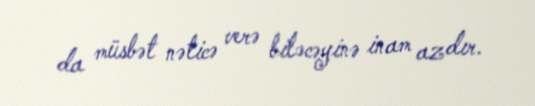
da müsbət nəticə verə biləcəyinə inam azdır.